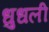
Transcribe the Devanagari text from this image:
धुधली